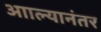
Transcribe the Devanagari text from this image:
आाल्यानंतर